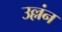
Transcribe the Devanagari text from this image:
उल्लंन